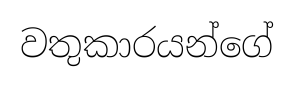
වතුකාරයන්ගේ